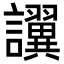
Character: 𫍖